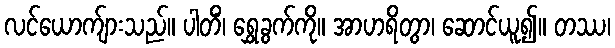
လင်ယောက်ျားသည်။ ပါတိံ၊ ရွှေခွက်ကို။ အာဟရိတွာ၊ ဆောင်ယူ၍။ တဿ၊